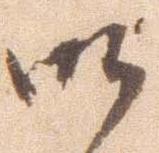
御